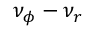
\nu _ { \phi } - \nu _ { r }